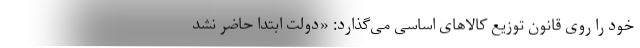
خود را روی قانون توزیع کالاهای اساسی می‌گذارد: «دولت ابتدا حاضر نشد